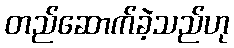
တည်ဆောက်ခဲ့သည်ဟု